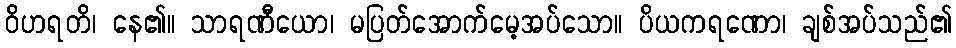
ဝိဟရတိ၊ နေ၏။ သာရဏီယော၊ မပြတ်အောက်မေ့အပ်သော။ ပိယကရဏော၊ ချစ်အပ်သည်၏